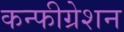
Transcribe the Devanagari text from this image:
कन्फीग्रेशन